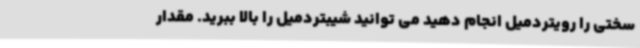
سختی را رویتردمیل انجام دهید می توانید شیبتردمیل را بالا ببرید. مقدار